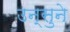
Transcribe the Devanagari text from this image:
उन्सुने